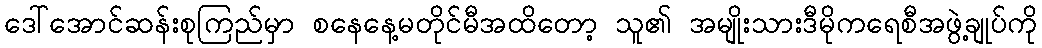
ဒေါ်အောင်ဆန်းစုကြည်မှာ စနေနေ့မတိုင်မီအထိတော့ သူ၏ အမျိုးသားဒီမိုကရေစီအဖွဲ့ချုပ်ကို